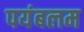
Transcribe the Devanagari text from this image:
पयंबलम